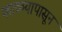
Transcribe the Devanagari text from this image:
काळ्यापासून